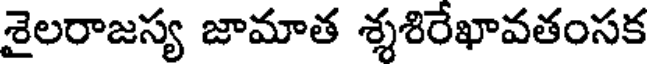
శైలరాజస్య జామాత శ్శశిరేఖావతంసక